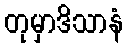
တုမှာဒိသာနံ